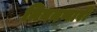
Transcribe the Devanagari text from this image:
निघनणारी